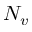
N _ { v }